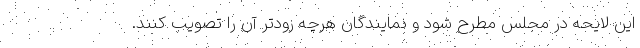
این لایحه در مجلس مطرح شود و نمایندگان هرچه زودتر آن را تصویب کنند.